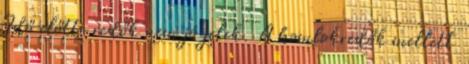
Idő előtti redők nem jó jelek. A homlokredők mellett